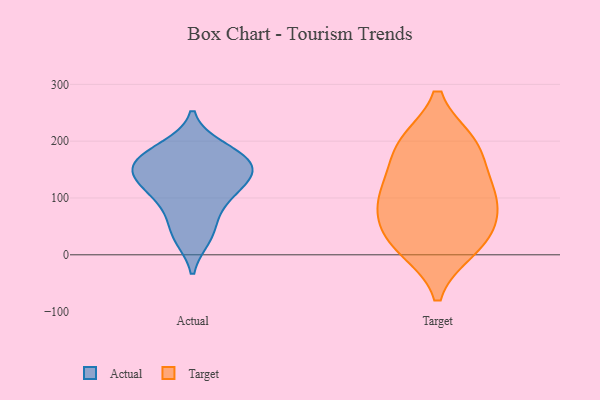
{"axis": {"x": "Gross Profit (USD K)", "y": "Value"}, "legend": ["Actual", "Target"], "data": [{"x": "", "y": 176, "type": "Actual"}, {"x": "", "y": 41, "type": "Actual"}, {"x": "", "y": 165, "type": "Actual"}, {"x": "", "y": 100, "type": "Actual"}, {"x": "", "y": 187, "type": "Actual"}, {"x": "", "y": 147, "type": "Actual"}, {"x": "", "y": 146, "type": "Actual"}, {"x": "", "y": 88, "type": "Actual"}, {"x": "", "y": 166, "type": "Actual"}, {"x": "", "y": 129, "type": "Actual"}, {"x": "", "y": 32, "type": "Actual"}, {"x": "", "y": 127, "type": "Actual"}, {"x": "", "y": 106, "type": "Target"}, {"x": "", "y": 196, "type": "Target"}, {"x": "", "y": 190, "type": "Target"}, {"x": "", "y": 117, "type": "Target"}, {"x": "", "y": 15, "type": "Target"}, {"x": "", "y": 35, "type": "Target"}, {"x": "", "y": 62, "type": "Target"}, {"x": "", "y": 78, "type": "Target"}, {"x": "", "y": 11, "type": "Target"}, {"x": "", "y": 195, "type": "Target"}, {"x": "", "y": 123, "type": "Target"}]}